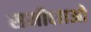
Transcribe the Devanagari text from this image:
समीक्षाओ